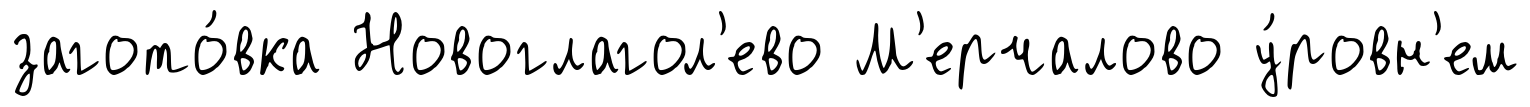
загото́вка Новоглагол'ево М'ерчалово у́ровн'ем